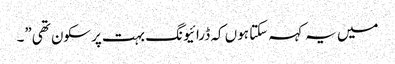
میں یہ کہہ سکتا ہوں کہ ڈرائیونگ بہت پرسکون تھی”۔